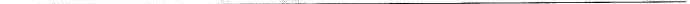
___